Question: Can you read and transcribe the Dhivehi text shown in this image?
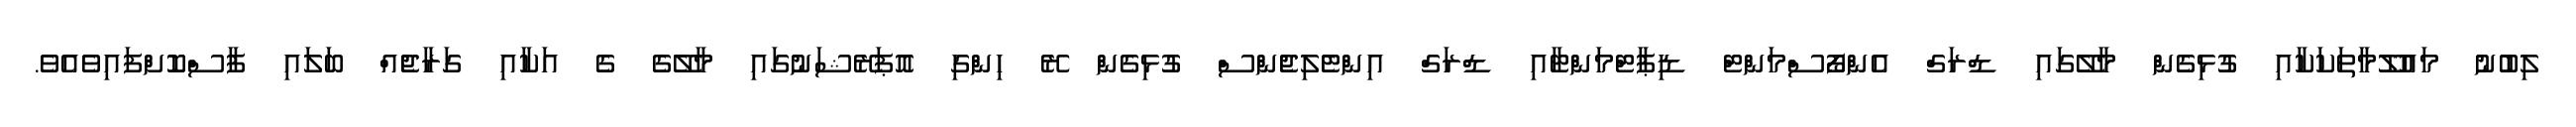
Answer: ލިބުނު މައުލޫމާތަކަކާއި ގުޅިގެން މާލޭގައި ޑްރަގް އެންފޯސްމަންޓް ޑިޕާޓްމަންޓާއި ޑްރަގް އިންޓެލިޖެންސް ގުޅިގެން ރޭ ހިންގި އޮޕަރޭޝަނުގައި މާލޭގެ ގެ އަކާއި ގަރާޖެއް ބަލައި ފާސްކޮށްފައިވެއެވެ.